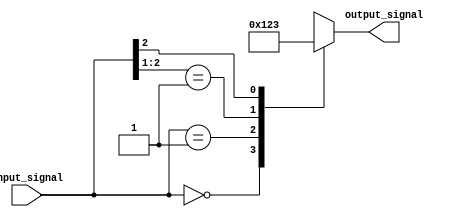
module casez_statement(
    input [2:0] input_signal,
    output reg [3:0] output_signal
);

always @(*)
begin
    casez(input_signal)
        3'b000: output_signal = 4'b0000;
        3'b001: output_signal = 4'b0001;
        3'b01?: output_signal = 4'b0010;
        3'b1??: output_signal = 4'b0011;
    endcase
end

endmodule